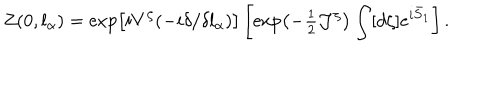
Z ( 0 , l _ { \alpha } ) = \exp \left[ i V ^ { \zeta } ( - i \delta / \delta l _ { \alpha } ) \right] \left[ \exp \left( - { \textstyle { \frac { 1 } { 2 } } } { \cal J } ^ { \zeta } \right) \int [ d \zeta ] e ^ { i \bar { S } _ { 1 } } \right] .